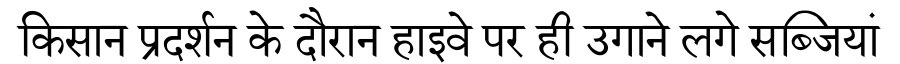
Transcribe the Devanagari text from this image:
किसान प्रदर्शन के दौरान हाइवे पर ही उगाने लगे सब्जियां